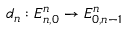
d _ { n } : E _ { n , 0 } ^ { n } \to E _ { 0 , n - 1 } ^ { n }